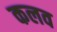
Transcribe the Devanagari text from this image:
कलव